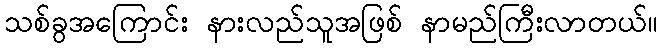
သစ်ခွအကြောင်း နားလည်သူအဖြစ် နာမည်ကြီးလာတယ်။